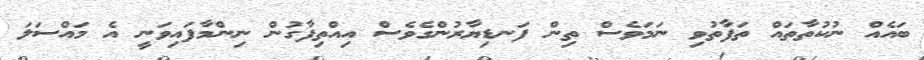
ބައެއް ނުކުތާތައް ތަފާތުވި ނަމަވެސް ތިން ފަނޑިޔާރުންގެވެސް އިއްތިފާގުން ނިންމާފައިވަނީ އެ މައްސަލަ